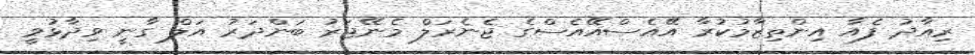
ރިއާދު ފެއާ އިންތިޒާމުކުރާ އޭއެސްއޭއެސްގެ ޖެނެރަލް މެނޭޖަރު ބަންދަރު އަލް ގާނީ ވިދާޅުވީ